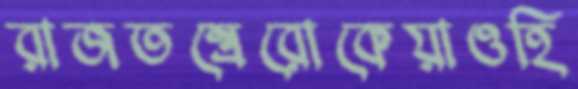
রাজতন্ত্রেরোকেয়াওহি